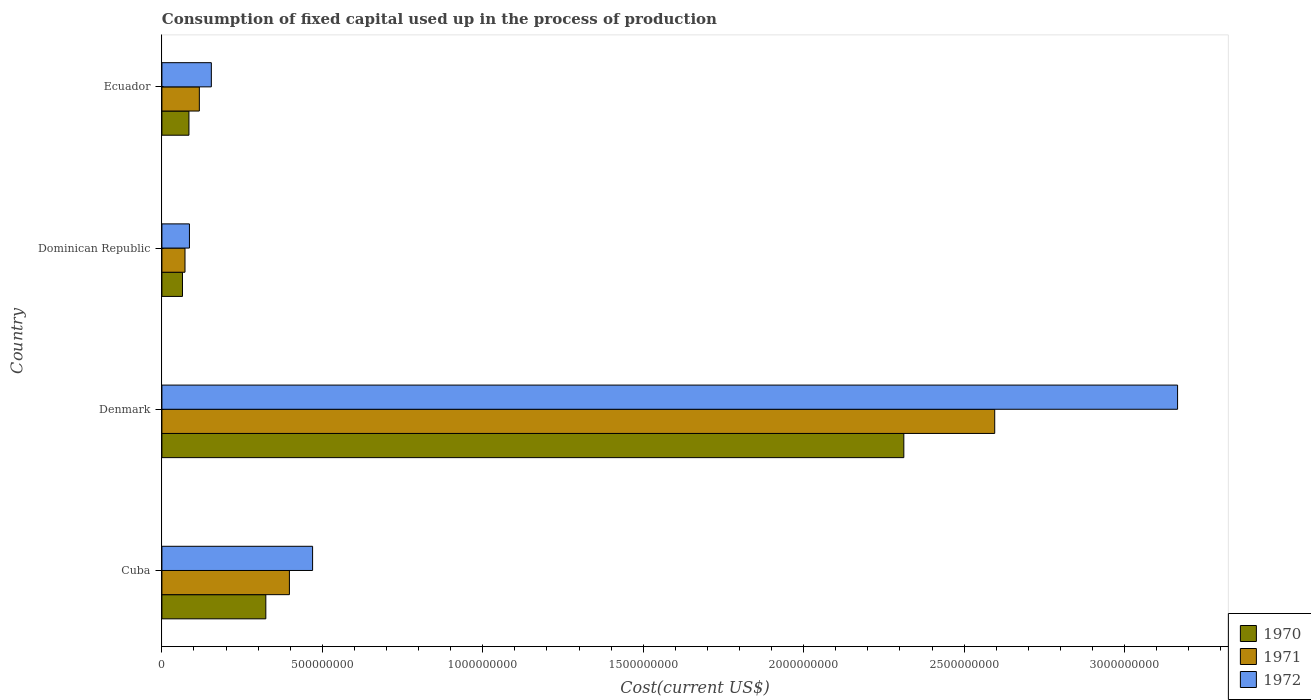
| Country | 1970 | 1971 | 1972 |
 | --- | --- | --- | --- |
 | Cuba | 3.24e+08 | 3.97e+08 | 4.7e+08 |
 | Denmark | 2.31e+09 | 2.6e+09 | 3.17e+09 |
 | Dominican Republic | 6.41e+07 | 7.2e+07 | 8.58e+07 |
 | Ecuador | 8.43e+07 | 1.17e+08 | 1.54e+08 |